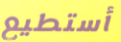
أستطيع